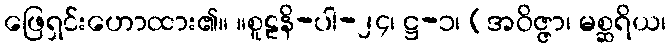
ဖြေရှင်းဟောထား၏။ ။စူဠနိ-ပါ-၂၄၊ ဋ္ဌ-၁၊ (အဝိဇ္ဇာ၊ မစ္ဆရိယ၊